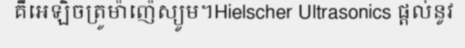
គឺអេឡិចត្រូម៉ាញ៉េស្យូម។Hielscher Ultrasonics ផ្តល់នូវ